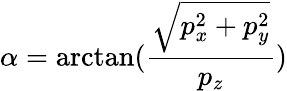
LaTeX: \alpha=\arctan(\frac{\sqrt{p_{x}^{2}+p_{y}^{2}}}{p_{z}})